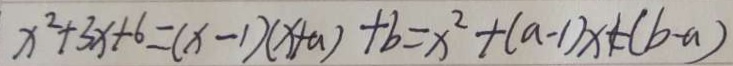
x ^ { 2 } + 3 x + 6 = ( x - 1 ) ( x + a ) + b = x ^ { 2 } + ( a - 1 ) x + ( b - a )